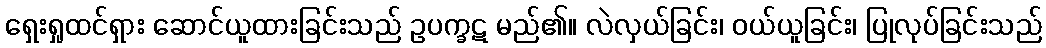
ရှေးရှုထင်ရှား ဆောင်ယူထားခြင်းသည် ဥပက္ခဋ မည်၏။ လဲလှယ်ခြင်း၊ ဝယ်ယူခြင်း၊ ပြုလုပ်ခြင်းသည်